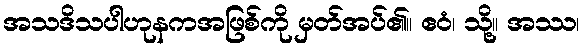
အသဒိသပါဟုနကအဖြစ်ကို မှတ်အပ်၏။ ဧဝံ၊ သို့။ အဿ၊